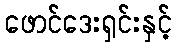
ဖောင်ဒေးရှင်းနှင့်